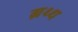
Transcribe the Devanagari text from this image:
ग्रथ्थ